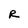
Character: R